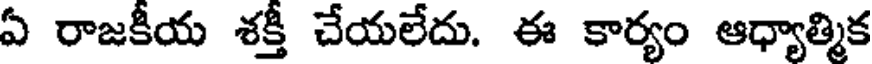
ఏ రాజకీయ శక్తీ చేయలేదు. ఈ కార్యం ఆధ్యాత్మిక